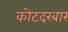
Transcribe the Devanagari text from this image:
कोटदरबार